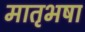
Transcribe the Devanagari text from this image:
मातृभषा